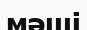
мәші